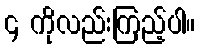
၄ ကိုလည်းကြည့်ပါ။